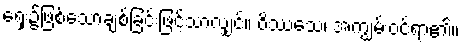
ရှေး၌ဖြစ်သောချစ်ခြင်းဖြင့်သာလျှင်။ ဝိဿသေ၊ အကျွမ်းဝင်ရာ၏။